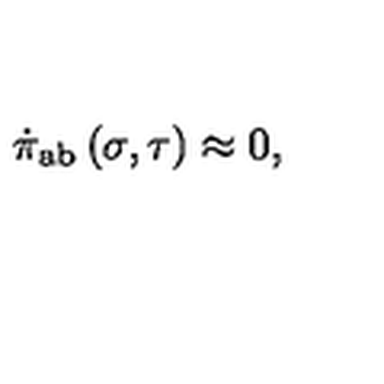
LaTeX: \dot { \pi } _ { \mathrm { a b } } \left( \sigma , \tau \right) \approx 0 ,